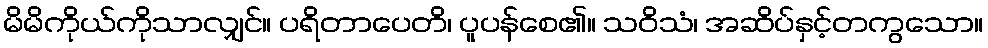
မိမိကိုယ်ကိုသာလျှင်။ ပရိတာပေတိ၊ ပူပန်စေ၏။ သဝိသံ၊ အဆိပ်နှင့်တကွသော။